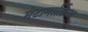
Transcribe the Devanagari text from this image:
मेटामार्फ़िक